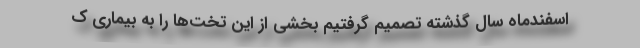
اسفندماه سال گذشته تصمیم گرفتیم بخشی از این تخت‌ها را به بیماری ک